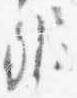
弁